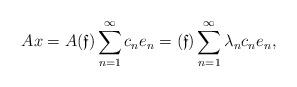
LaTeX: \begin{align*} A x=A (\mathfrak{f})\sum\limits_{n=1}^{\infty} c_n e_n= (\mathfrak{f})\sum\limits_{n=1}^{\infty} \lambda_n c_n e_n,\end{align*}